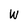
Character: W